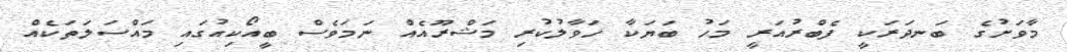
މާވަށުގެ ބަނދަރަކީ ފެބްރުއަރީ މަހު ބަޔަކާ ހަވާލުކުރި މަޝްރޫއެއް ނަމަވެސް ބީއޯކިއުގައި މައްސަލަތަކެއް